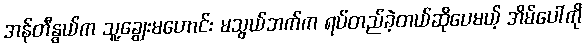
အန်တီနွယ်က သူ့ချွေးမဟောင်း မသွယ်ဘက်က ရပ်တည်ခဲ့တယ်ဆိုပေမယ့် အိမ်ပေါ်ကို